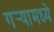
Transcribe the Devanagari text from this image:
गर्‍यामध्ये